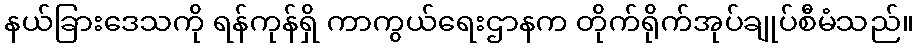
နယ်ခြားဒေသကို ရန်ကုန်ရှိ ကာကွယ်ရေးဌာနက တိုက်ရိုက်အုပ်ချုပ်စီမံသည်။